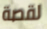
لقصة